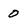
Character: o